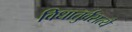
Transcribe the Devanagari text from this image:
विधातुर्वसत्यै